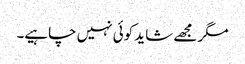
مگر مجھے شاید کوئی نہیں چاہیے۔